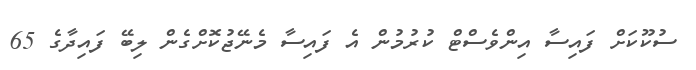
ސުކޫކަށް ފައިސާ އިންވެސްޓް ކުރުމުން އެ ފައިސާ މެނޭޖުކޮށްގެން ލިބޭ ފައިދާގެ 65